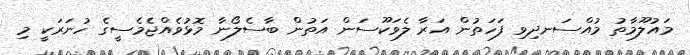
މައުލޫމާތު މުއްސަނދިވި ފަހަތުން އަރާ ލެވަކޫސަން އަތުން ބާސެލޯނާ މޮޅުވެއްޖެމެސީގެ ހުނަރަކީ މި